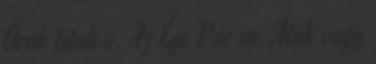
Örök titok 9. Az Égi Vár 10. Átok vagy